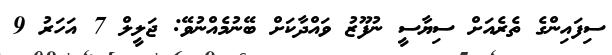
ސިފައިންގެ ތެރެއަށް ސިޔާސީ ނުފޫޒު ވައްދާކަށް ބޭނުމެއްނުވޭ: ޖަލީލް 7 އަހަރު 9